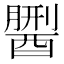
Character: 𨢏